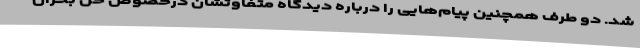
شد. دو طرف همچنین پیام‌هایی را درباره دیدگاه متفاوتشان درخصوص حل بحران